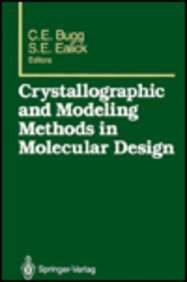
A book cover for Crystallographic and Modeling Methods in Molecular Design; Medical Books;